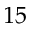
1 5